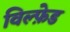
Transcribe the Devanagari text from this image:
विल्फ़ेड